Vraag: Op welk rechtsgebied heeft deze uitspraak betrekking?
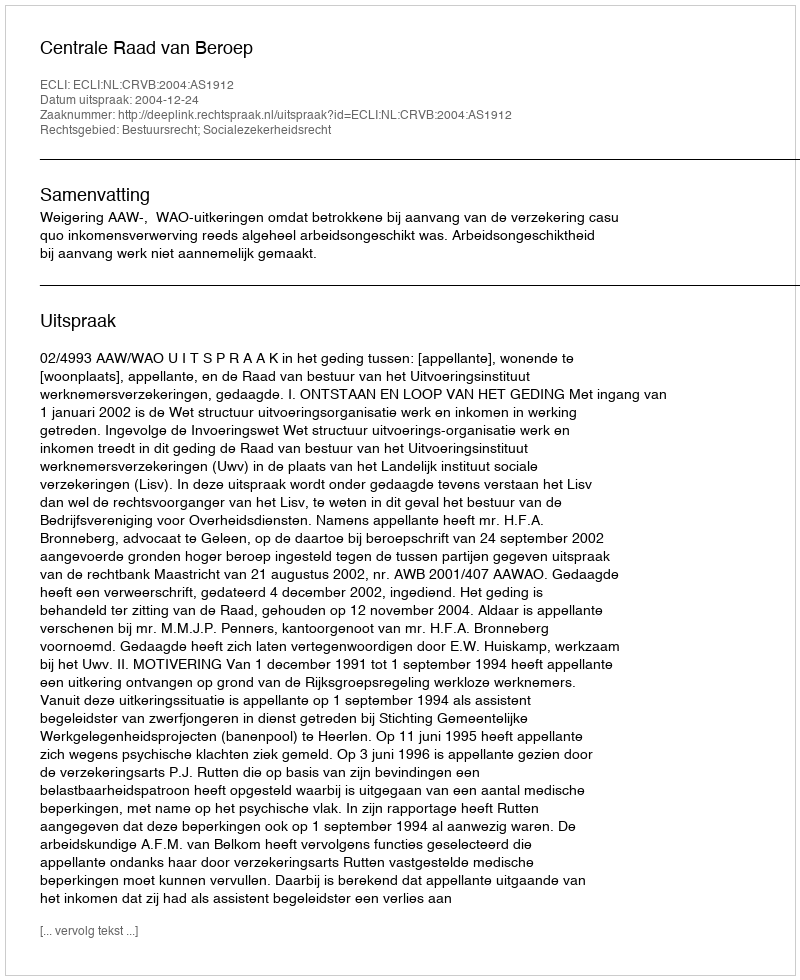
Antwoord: Bestuursrecht; Socialezekerheidsrecht